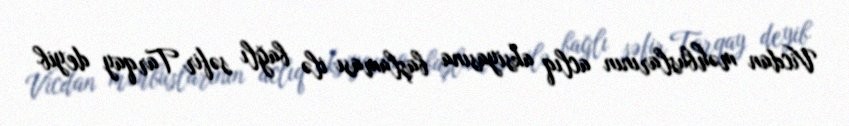
Vicdan məhbuslarının aclıq aksiyasına başlaması ilə bağlı səfir Tarqay deyib